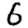
Digit: 6